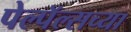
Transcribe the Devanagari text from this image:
पेल्पॅल्सच्या